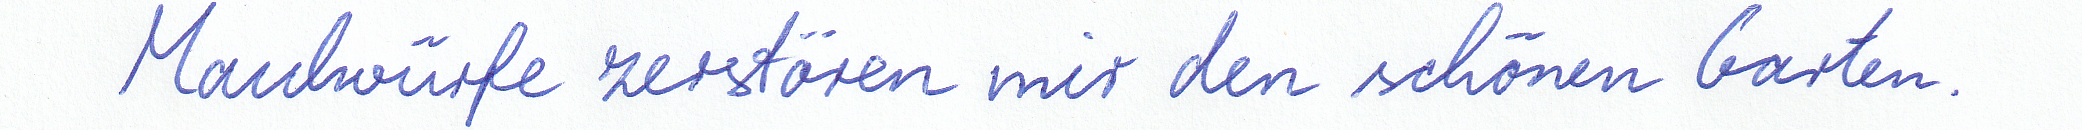
Maulwürfe zerstören mir den schönen Garten.